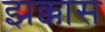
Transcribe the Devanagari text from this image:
झक्कास